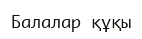
Балалар құқы